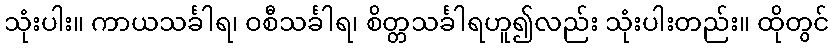
သုံးပါး။ ကာယသင်္ခါရ၊ ဝစီသင်္ခါရ၊ စိတ္တသင်္ခါရဟူ၍လည်း သုံးပါးတည်း။ ထိုတွင်